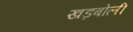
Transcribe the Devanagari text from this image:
खड़बोली